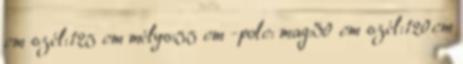
cm szél:125 cm mélys:55 cm -polc: mag:30 cm szél:120cm